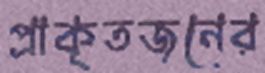
প্রাকৃতজনের